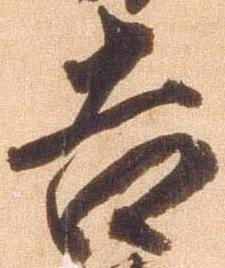
吉